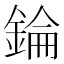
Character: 錀